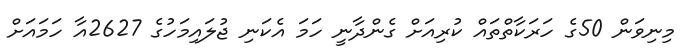
މިނިވަން 50ގެ ހަރަކާތްތައް ކުރިއަށް ގެންދާނީ ހަމަ އެކަނި ޖުލައިމަހުގެ 2627އާ ހަމައަށް